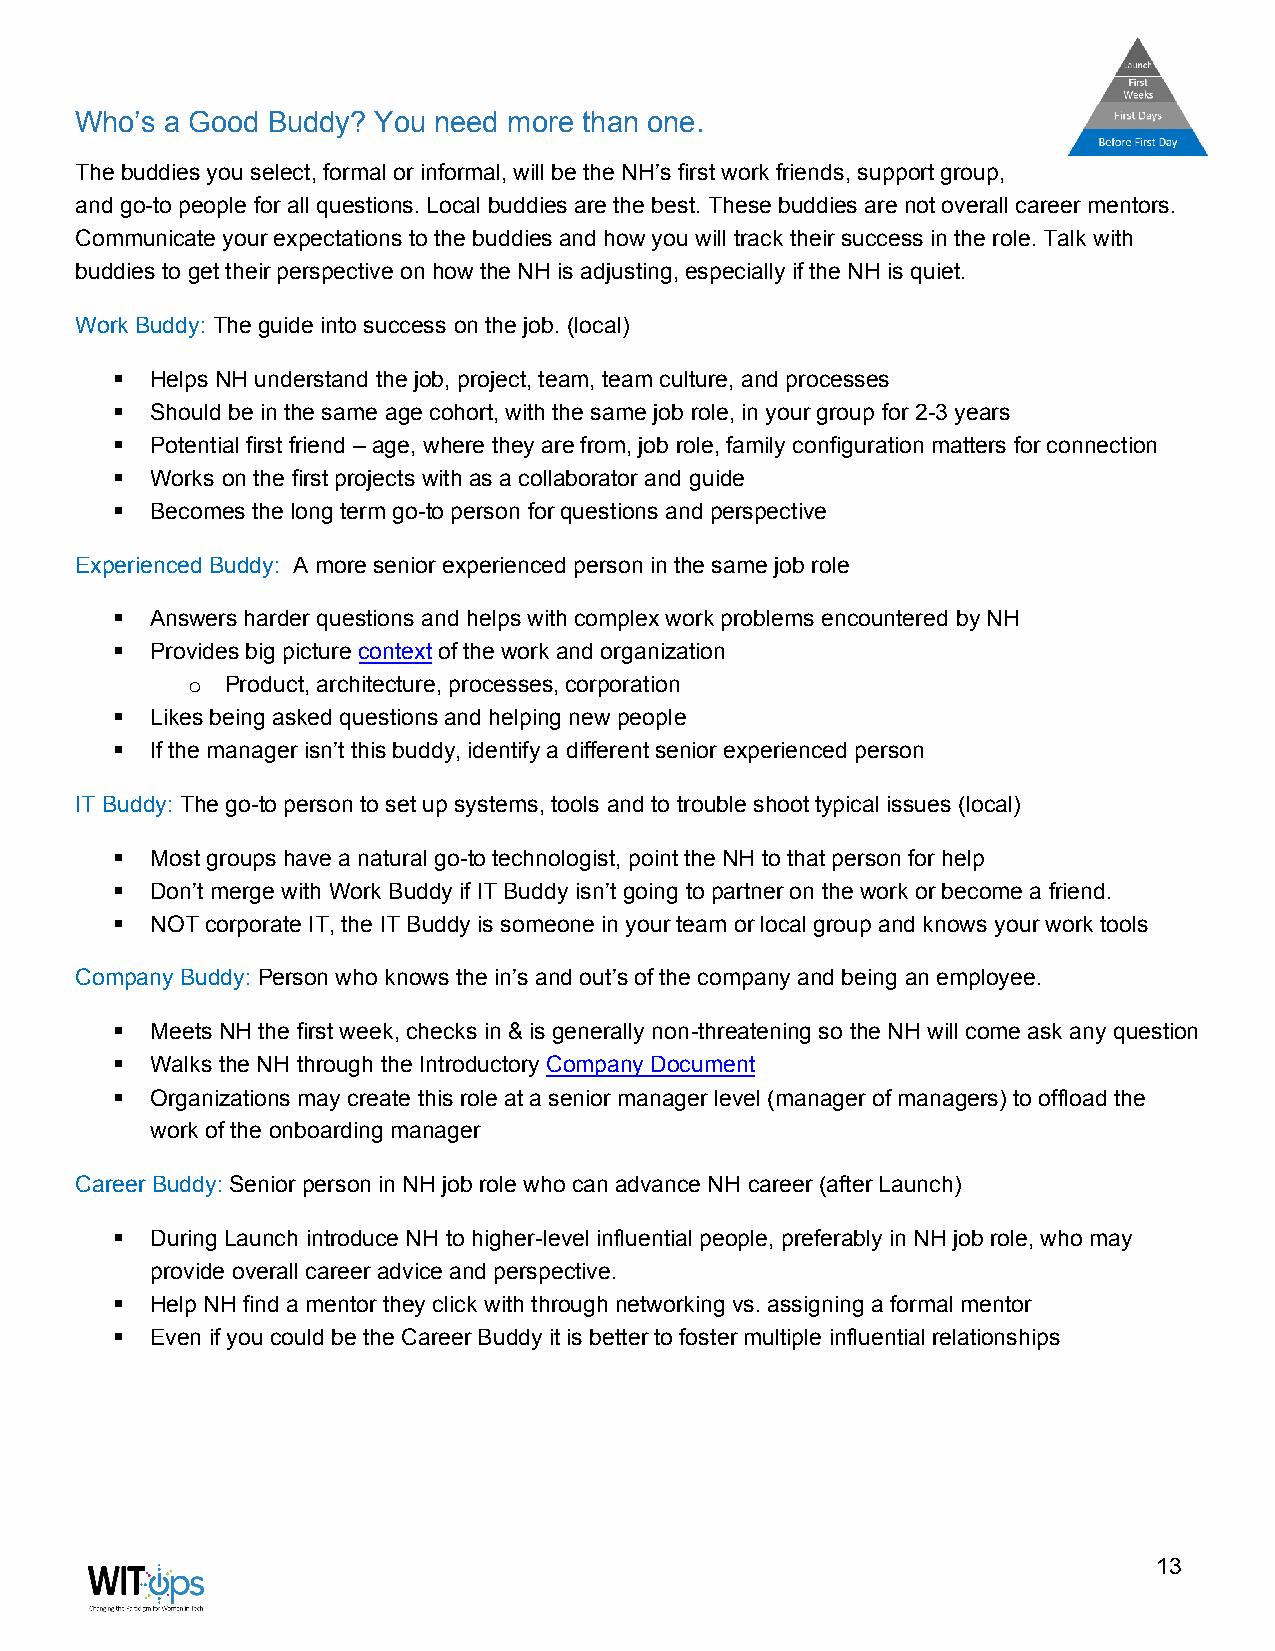
Who’s a Good Buddy? You need more than one.
 The buddies you select, formal or informal, will be the NH’s first work friends, support group,
 and go-to people for all questions. Local buddies are the best. These buddies are not overall career mentors.
 Communicate your expectations to the buddies and how you will track their success in the role. Talk with
 buddies to get their perspective on how the NH is adjusting, especially if the NH is quiet.
 Work Buddy: The guide into success on the job. (local)
 ▪  Helps NH understand the job, project, team, team culture, and processes
 ▪  Should be in the same age cohort, with the same job role, in your group for 2-3 years
 ▪  Potential first friend – age, where they are from, job role, family configuration matters for connection
 ▪  Works on the first projects with as a collaborator and guide
 ▪  Becomes the long term go-to person for questions and perspective
 Experienced Buddy: A more senior experienced person in the same job role
 ▪  Answers harder questions and helps with complex work problems encountered by NH
 ▪  Provides big picture context of the work and organization
 Product, architecture, processes, corporation
 o
 ▪  Likes being asked questions and helping new people
 ▪  If the manager isn’t this buddy, identify a different senior experienced person
 IT Buddy: The go-to person to set up systems, tools and to trouble shoot typical issues (local)
 ▪  Most groups have a natural go-to technologist, point the NH to that person for help
 ▪  Don’t merge with Work Buddy if IT Buddy isn’t going to partner on the work or become a friend.
 ▪  NOT corporate IT, the IT Buddy is someone in your team or local group and knows your work tools
 Company Buddy: Person who knows the in’s and out’s of the company and being an employee.
 ▪  Meets NH the first week, checks in & is generally non-threatening so the NH will come ask any question
 ▪  Walks the NH through the Introductory Company Document
 ▪  Organizations may create this role at a senior manager level (manager of managers) to offload the
 work of the onboarding manager
 Career Buddy: Senior person in NH job role who can advance NH career (after Launch)
 ▪  During Launch introduce NH to higher-level influential people, preferably in NH job role, who may
 provide overall career advice and perspective.
 ▪  Help NH find a mentor they click with through networking vs. assigning a formal mentor
 ▪  Even if you could be the Career Buddy it is better to foster multiple influential relationships
 13